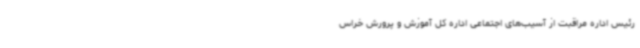
رئیس اداره مراقبت از آسیب‌های اجتماعی اداره کل آموزش و پرورش خراس